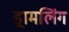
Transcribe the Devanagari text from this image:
ड्रामलिंग